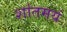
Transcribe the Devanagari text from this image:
शांतमयं